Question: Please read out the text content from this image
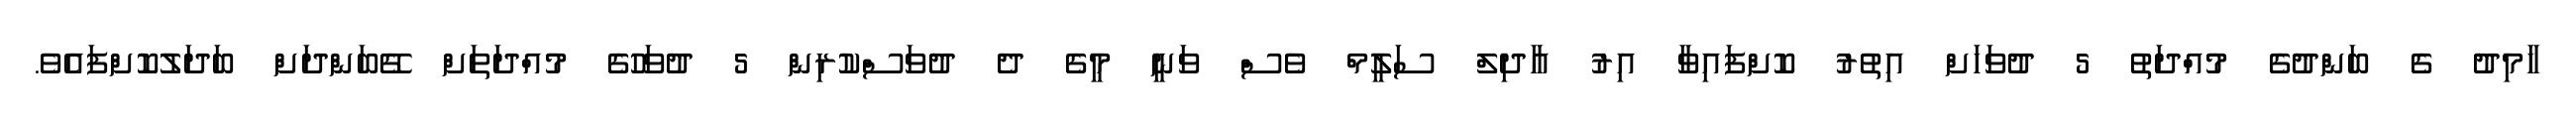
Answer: ހާމިދު ގެ ބަންދުގެ މުއްދަތު 5 ދުވަހަށް އިތުރު ކޮށްފައިވާ އިރު އާދިލް ސަލީމް ވެސް ވަނީ މީގެ ދެ ދުވަސްކުރިން 5 ދުވަހުގެ މުއްދަތަށް ގޭބަންދަށް ބަދަލުކޮށްފައެވެ.